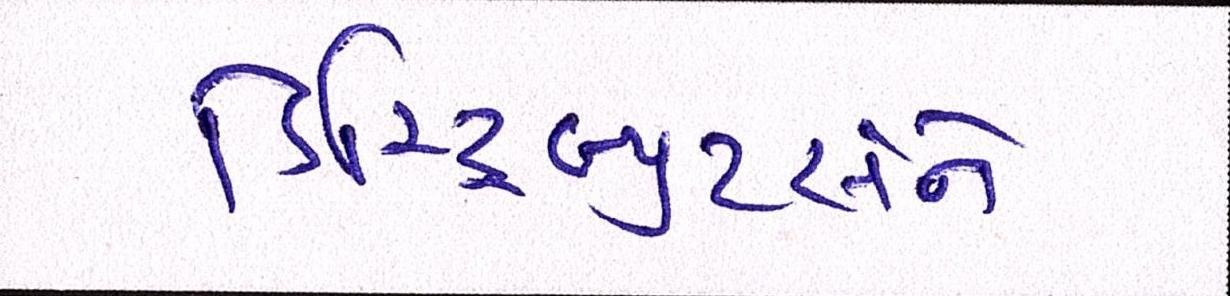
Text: ડિસ્ટ્રિબ્યુટર્સને